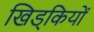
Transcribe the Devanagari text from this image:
खिड्कियों